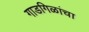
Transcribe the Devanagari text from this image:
गाडगिळांचा